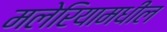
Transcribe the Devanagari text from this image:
मलेरियामधील